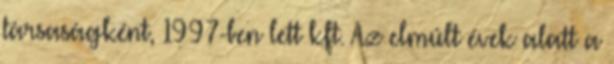
társaságként, 1997-ben lett kft. Az elmúlt évek alatt a